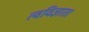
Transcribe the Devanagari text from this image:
त्वविज्ञाता